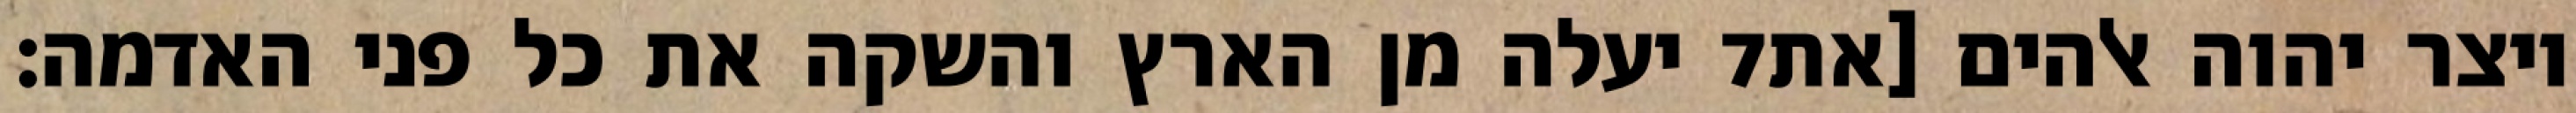
יעלה מן הארץ והשקה את כל פני האדמה׃ ‎7‏ ויצר יהוה אלהים [את